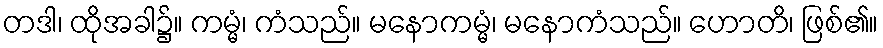
တဒါ၊ ထိုအခါ၌။ ကမ္မံ၊ ကံသည်။ မနောကမ္မံ၊ မနောကံသည်။ ဟောတိ၊ ဖြစ်၏။